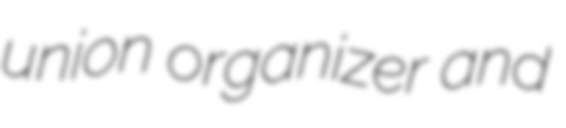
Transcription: union organizer and